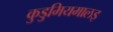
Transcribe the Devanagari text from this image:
कुडुमियमालइ